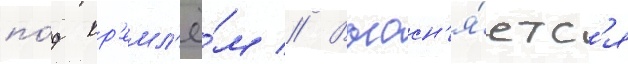
по́д кр'емл'ё́м // Выасн'я́етс'я